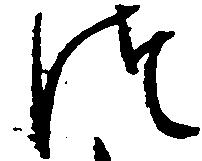
つ